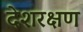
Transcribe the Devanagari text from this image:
देशरक्षण